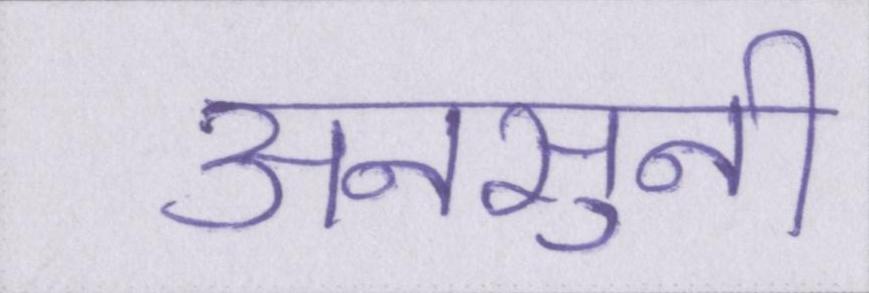
अनसुनी